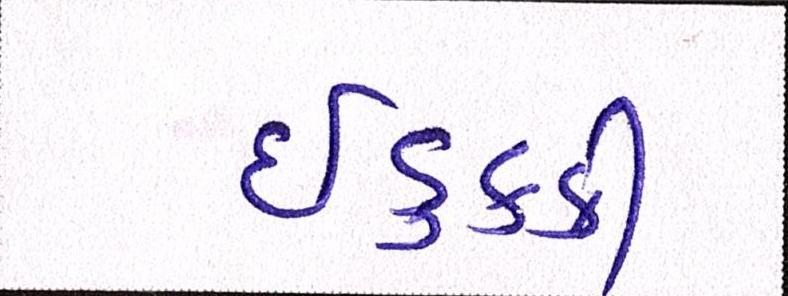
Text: ઈડુક્કી